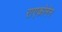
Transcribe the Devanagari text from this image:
राएकोनेन